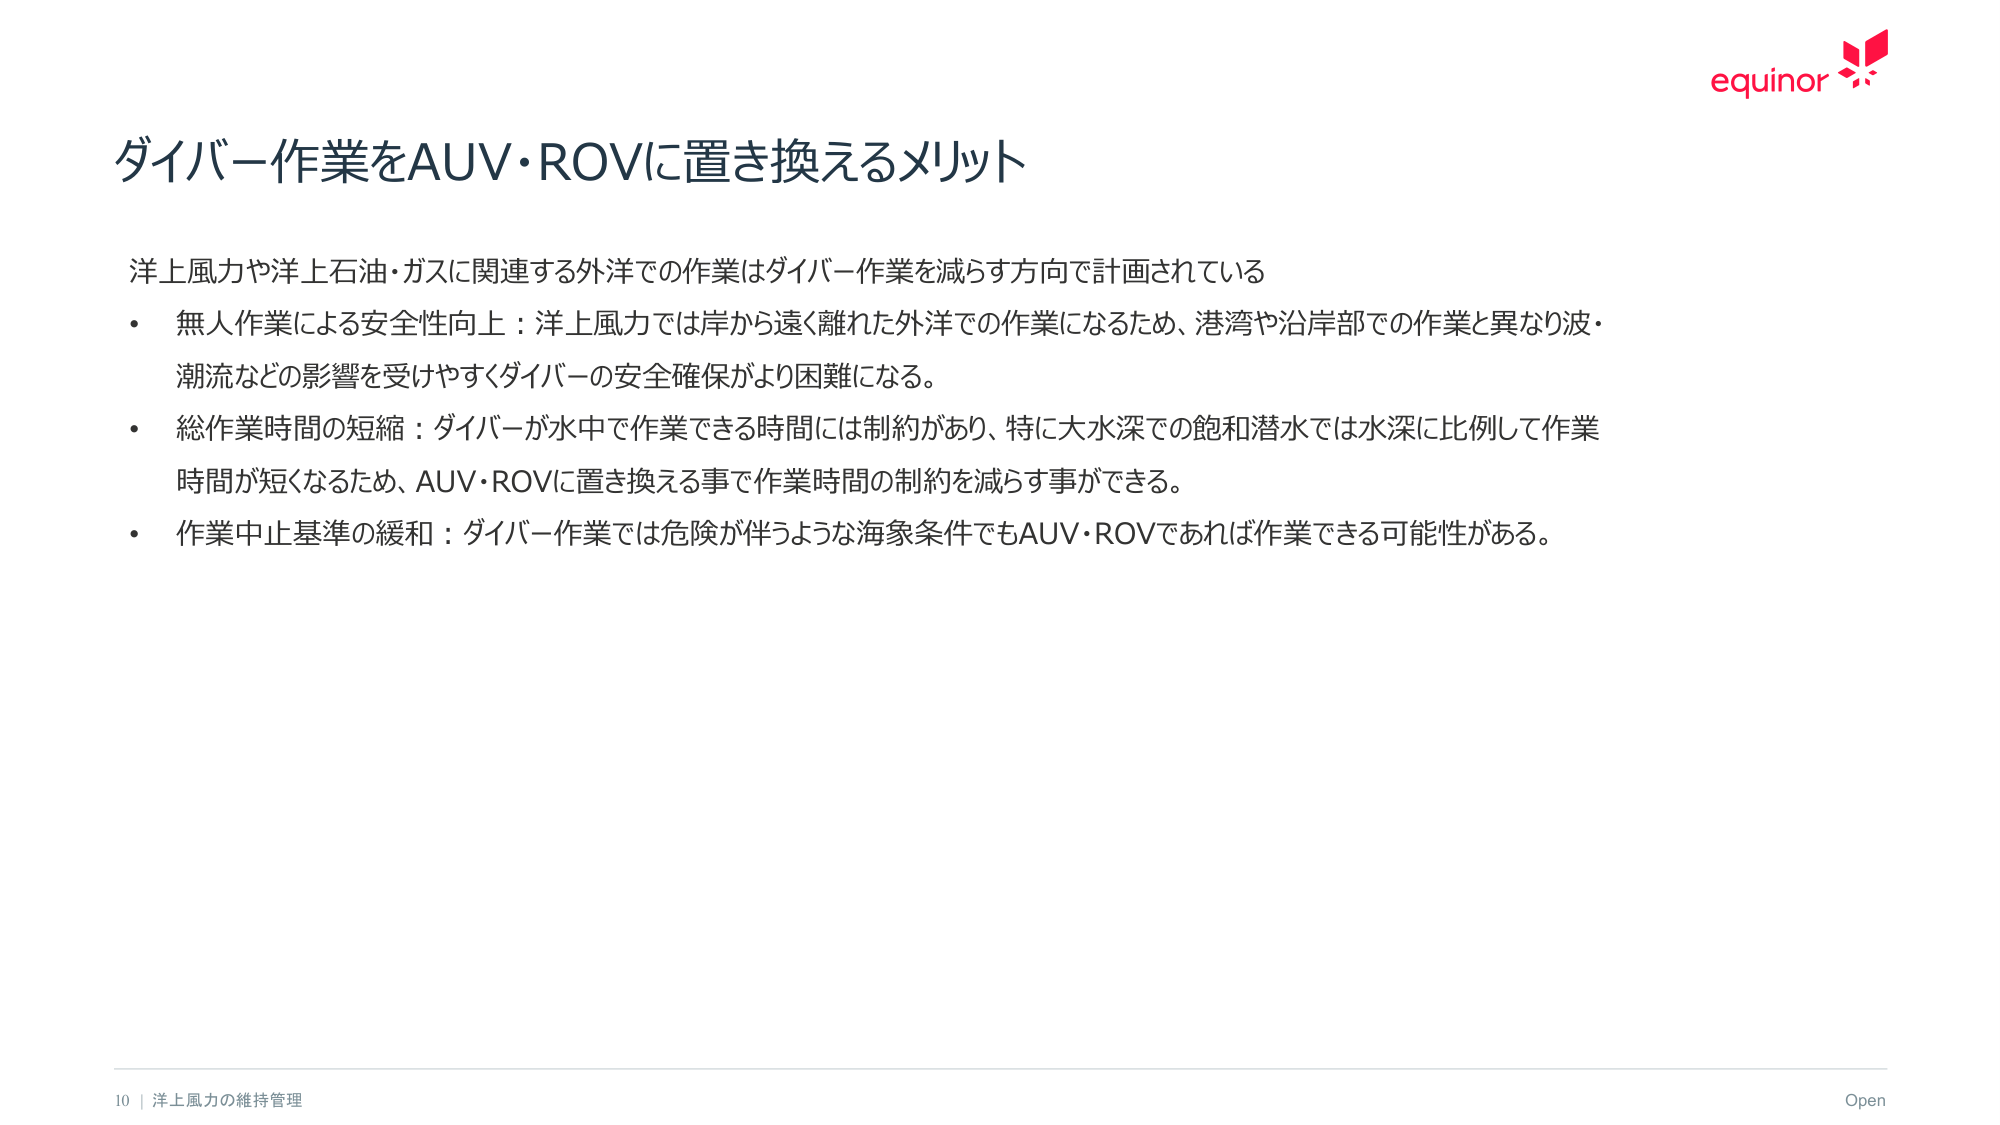
ダイバー作業をAUV・ROVに置き換えるメリット

洋上風力や洋上石油・ガスに関連する外洋での作業はダイバー作業を減らす方向で計画されている
・ 無人作業による安全性向上：洋上風力では岸から遠く離れた外洋での作業になるため、港湾や沿岸部での作業と異なり波・潮流などの影響を受けやすくダイバーの安全確保がより困難になる。
・ 総作業時間の短縮：ダイバーが水中で作業できる時間には制約があり、特に大水深での飽和潜水では水深に比例して作業時間が短くなるため、AUV・ROVに置き換える事で作業時間の制約を減らす事ができる。
・ 作業中止基準の緩和：ダイバー作業では危険が伴うような海象条件でもAUV・ROVであれば作業できる可能性がある。

10 | 洋上風力の維持管理
Open
equinor